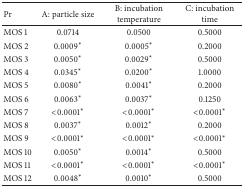
<table><thead><tr><td><b>Pr</b></td><td><b>A: particle size</b></td><td><b>B: incubation temperature</b></td><td><b>C: incubation time</b></td></tr></thead><tbody><tr><td>MOS 1</td><td>0.0714</td><td>0.0500</td><td>0.5000</td></tr><tr><td>MOS 2</td><td>0.0009∗</td><td>0.0005∗</td><td>0.2000</td></tr><tr><td>MOS 3</td><td>0.0050∗</td><td>0.0029∗</td><td>0.5000</td></tr><tr><td>MOS 4</td><td>0.0345∗</td><td>0.0200∗</td><td>1.0000</td></tr><tr><td>MOS 5</td><td>0.0080∗</td><td>0.0041∗</td><td>0.2000</td></tr><tr><td>MOS 6</td><td>0.0063∗</td><td>0.0037∗</td><td>0.1250</td></tr><tr><td>MOS 7</td><td>&lt;0.0001∗</td><td>&lt;0.0001∗</td><td>&lt;0.0001∗</td></tr><tr><td>MOS 8</td><td>0.0037∗</td><td>0.0012∗</td><td>0.2000</td></tr><tr><td>MOS 9</td><td>&lt;0.0001∗</td><td>&lt;0.0001∗</td><td>&lt;0.0001∗</td></tr><tr><td>MOS 10</td><td>0.0050∗</td><td>0.0014∗</td><td>0.5000</td></tr><tr><td>MOS 11</td><td>&lt;0.0001∗</td><td>&lt;0.0001∗</td><td>&lt;0.0001∗</td></tr><tr><td>MOS 12</td><td>0.0048∗</td><td>0.0010∗</td><td>0.5000</td></tr></tbody></table>